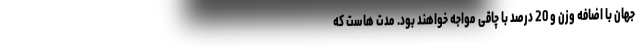
جهان با اضافه وزن و 20 درصد با چاقی مواجه خواهند بود. مدت هاست که